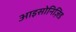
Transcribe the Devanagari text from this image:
आइसोनिज़िड